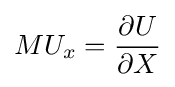
MU_{x}={\frac {\partial U}{\partial X}}